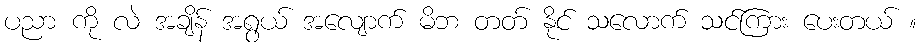
ပညာ ကို လဲ အချိန် အရွယ် အလျောက် မိဘ တတ် နိုင် သလောက် သင်ကြား ပေးတယ် ။